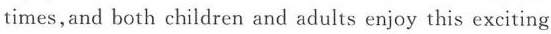
times,and both children and adults enjoy this exciting